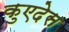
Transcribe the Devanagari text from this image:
कुएदेस